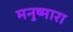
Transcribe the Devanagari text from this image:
मनुष्मारा